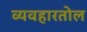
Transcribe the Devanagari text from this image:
व्यवहारतोल